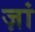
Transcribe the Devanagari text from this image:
ज़ां